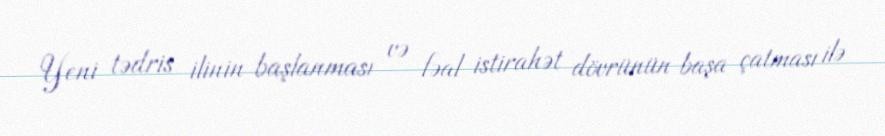
Yeni tədris ilinin başlanması və fəal istirahət dövrünün başa çatması ilə